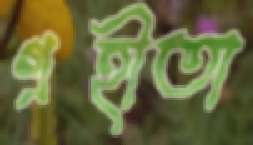
গ্রহীতা